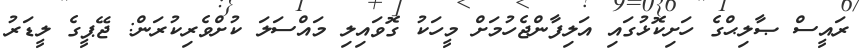
ރައީސް ޞާލިޙްގެ ހަށިކޮޅުގައި އަލިފާންޖެހުމަށް މީހަކު ގޮވައިލި މައްސަލަ ކުށްވެރިކުރަން: ޖޭޕީގެ ލީޑަރު